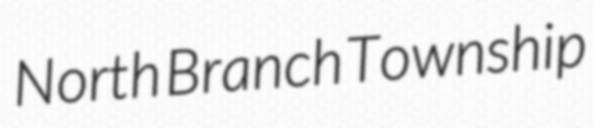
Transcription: North Branch Township